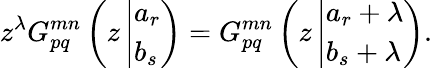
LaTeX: z^{\lambda}G_{pq}^{mn}\left(z\left|\begin{array}{l}{{a_{r}}}\\ {{b_{s}}}\end{array}\right.\right)=G_{pq}^{mn}\left(z\left|\begin{array}{l}{{a_{r}+\lambda}}\\ {{b_{s}+\lambda}}\end{array}\right.\right).